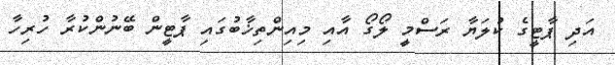
އަދި ޕާޓީގެ ކުލަޔާ ރަސްމީ ލޯގޯ އާއި މިއިންތިޚާބުގައި ޕާޓީން ބޭނުންކުރާ ހުރިހާ